Vaccination in the Punjab 1905-1918 - 1905-1918
Year: 1905
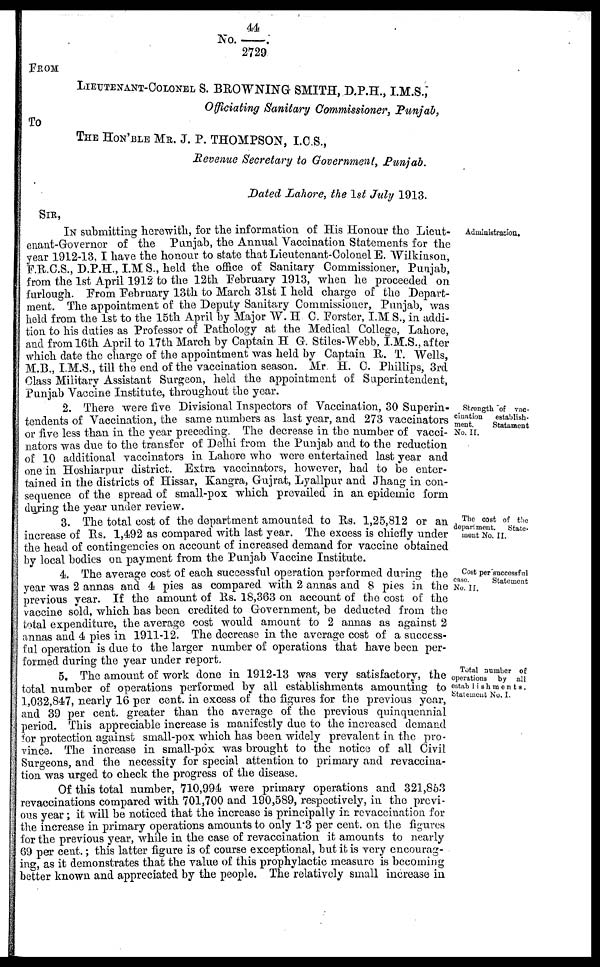
No.44/2729.
FROM
LIEUTENANT-COLONEL S. BROWNING SMITH, D.P.H., I.M.S.,
Officiating Sanitary Commissioners Punjab,
To
THE HON'BLE MR. J. P. THOMPSON, I.C.S.,
Revenue Secretary to Government, Punjab.
Dated Lahore, the 1st July 1913.
Administration.
SIR,
IN submitting herewith, for the information of His Honour the Lieut-
enant-Governor of the Punjab, the Annual Vaccination Statements for the
year 1912-13, I have the honour to state that Lieutenant-Colonel E. Wilkinson,
F.R.C.S., D.P.H., I.M S., held the office of Sanitary Commissioner, Punjab,
from the 1st April 1912 to the 12th February 1913, when he proceeded on
furlough. From February 13th to March 31st I held charge of the Depart-
ment. The appointment of the Deputy Sanitary Commissioner, Punjab, was
held from the 1st to the 15th April by Major W. H C. Forster, I.M.S., in addi-
tion to his duties as Professor of Pathology at the Medical College, Lahore,
and from 16th April to 17th March by Captain H G. Stiles-Webb, I.M.S., after
which date the charge of the appointment was held by Captain R. T. Wells,
M.B., I.M.S., till the end of the vaccination season. Mr. H. C. Phillips, 3rd
Class Military Assistant Surgeon, held the appointment of Superintendent,
Punjab Vaccine Institute, throughout the year.
Strength of vac-
cination
establish-
ment.
Statement
No. II.
2. There were five Divisional Inspectors of Vaccination, 30 Superin-
tendents of Vaccination, the same numbers as last year, and 273 vaccinators
or five less than in the year preceding. The decrease in the number of vacci-
nators was due to the transfer of Delhi from the Punjab and to the reduction
of 10 additional vaccinators in Lahore who were entertained last year and
one in Hoshiarpur district. Extra vaccinators, however, had to be enter-
tained in the districts of Hissar, Kangra, Gujrat, Lyallpur and Jhang in con-
sequence of the spread of small-pox which prevailed in an epidemic form
during the year under review.
The cost of the
department.
State-
ment No. II.
3. The total cost of the department amounted to Rs. 1,25,812 or an
increase of Rs. 1,492 as compared with last year. The excess is chiefly under
the head of contingencies on account of increased demand for vaccine obtained
by local bodies on payment from the Punjab Vaccine Institute.
Cost per successful
case.
Statement
No. II.
4. The average cost of each successful operation performed during the
year was 2 annas and 4 pies as compared with 2 annas and 8 pies in the
previous year. If the amount of Rs. 18,363 on account of the cost of the
vaccine sold, which has been credited to Government, be deducted from the
total expenditure, the average cost would amount to 2 annas as against 2
annas and 4 pies in 1911-12. The decrease in the average cost of a success-
ful operation is due to the larger number of operations that have been per-
formed during the year under report.
Total number of
operations by all
establishments.
Statement No. I.
5. The amount of work done in 1912-13 was very satisfactory, the
total number of operations performed by all establishments amounting to
1,032,847, nearly 16 per cent. in excess of the figures for the previous year,
and 39 per cent. greater than the average of the previous quinquennial
period. This appreciable increase is manifestly due to the increased demand
for protection against small-pox which has been widely prevalent in the pro-
vince. The increase in small-pox was brought to the notice of all Civil
Surgeons, and the necessity for special attention to primary and revaccina¬
tion was urged to check the progress of the disease.
Of this total number, 710,994 were primary operations and 321,853
revaccinations compared with 701,700 and 190,589, respectively, in the previ-
ous year ; it will be noticed that the increase is principally in revaccination for
the increase in primary operations amounts to only 1.3 per cent. on the figures
for the previous year, while in the case of revaccination it amounts to nearly
69 per cent. ; this latter figure is of course exceptional, but it is very encourag-
ing, as it demonstrates that the value of this prophylactic measure is becoming
better known and appreciated by the people. The relatively small increase in